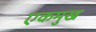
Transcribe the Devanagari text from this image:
एकमुख